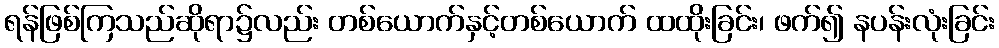
ရန်ဖြစ်ကြသည်ဆိုရာ၌လည်း တစ်ယောက်နှင့်တစ်ယောက် ထထိုးခြင်း၊ ဖက်၍ နပန်းလုံးခြင်း